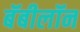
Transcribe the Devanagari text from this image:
बॅबीलॉन